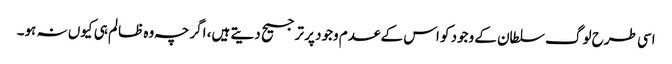
اسی طرح لوگ سلطان کے وجود کو اس کے عدم وجود پر ترجیح دیتے ہیں، اگرچہ وہ ظالم ہی کیوں نہ ہو۔